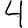
Digit: 4